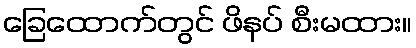
ခြေထောက်တွင် ဖိနပ် စီးမထား။